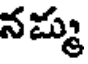
నమ్ము